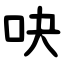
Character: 吷